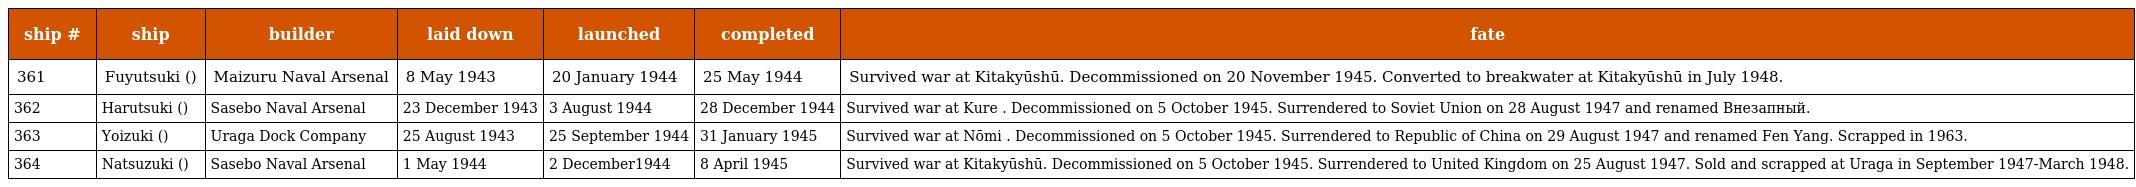
| ship # | ship | builder | laid down | launched | completed | fate |
 | --- | --- | --- | --- | --- | --- | --- |
 | 361 | Fuyutsuki (冬月) | Maizuru Naval Arsenal | 8 May 1943 | 20 January 1944 | 25 May 1944 | Survived war at Kitakyūshū. Decommissioned on 20 November 1945. Converted to breakwater at Kitakyūshū in July 1948. |
 | 362 | Harutsuki (春月) | Sasebo Naval Arsenal | 23 December 1943 | 3 August 1944 | 28 December 1944 | Survived war at Kure . Decommissioned on 5 October 1945. Surrendered to Soviet Union on 28 August 1947 and renamed Внезапный. |
 | 363 | Yoizuki (宵月) | Uraga Dock Company | 25 August 1943 | 25 September 1944 | 31 January 1945 | Survived war at Nōmi . Decommissioned on 5 October 1945. Surrendered to Republic of China on 29 August 1947 and renamed Fen Yang. Scrapped in 1963. |
 | 364 | Natsuzuki (夏月) | Sasebo Naval Arsenal | 1 May 1944 | 2 December1944 | 8 April 1945 | Survived war at Kitakyūshū. Decommissioned on 5 October 1945. Surrendered to United Kingdom on 25 August 1947. Sold and scrapped at Uraga in September 1947-March 1948. |